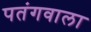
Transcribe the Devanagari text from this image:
पतंगवाला